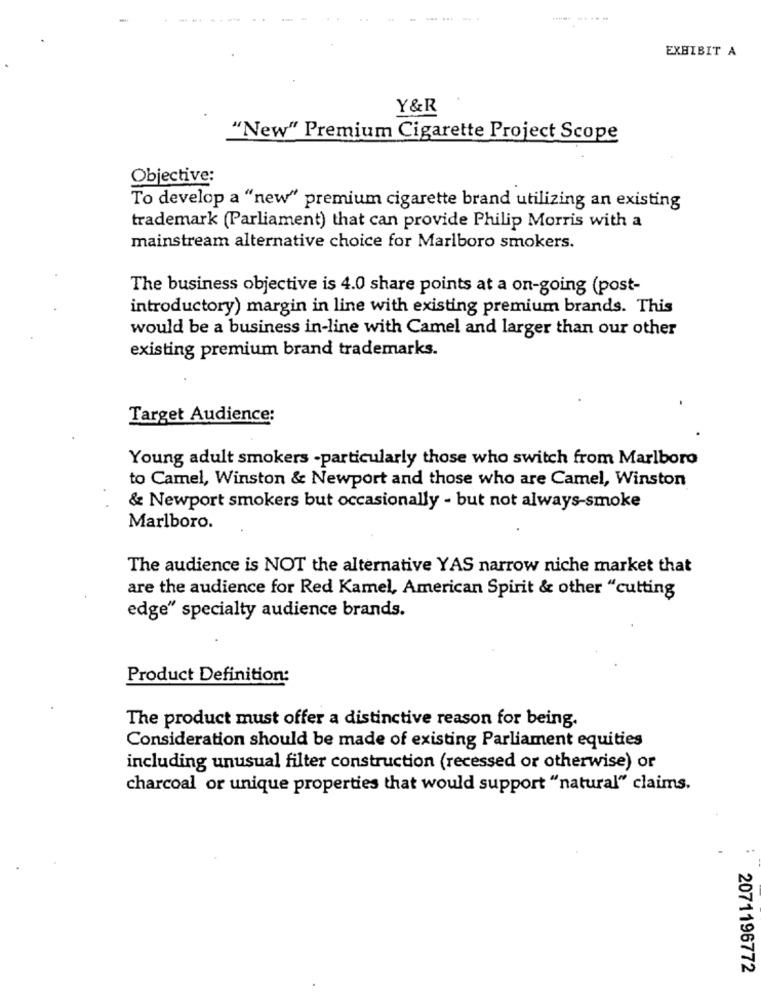
EXHIBIT A
Y&R
"New" Premium Cigarette Project Scope
Objective:
To develop a "new" premium cigarette brand utilizing an existing
trademark (Parliament) that can provide Philip Morris with a
mainstream alternative choice for Marlboro smokers.
The business objective is 4.0 share points at a on-going (post-
introductory) margin in line with existing premium brands. This
would be a business in-line with Camel and larger than our other
existing premium brand trademarks.
Target Audience:
Young adult smokers - particularly those who switch from Marlboro
to Camel, Winston & Newport and those who are Camel, Winston
& Newport smokers but occasionally - but not always-smoke
Marlboro.
The audience is NOT the alternative YAS narrow niche market that
are the audience for Red Kamel, American Spirit & other "cutting
edge" specialty audience brands.
Product Definition:
The product must offer a distinctive reason for being.
Consideration should be made of existing Parliament equities
including unusual filter construction (recessed or otherwise) or
charcoal or unique properties that would support "natural" claims.
..
2071196772